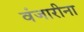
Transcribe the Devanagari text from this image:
वंजारीना